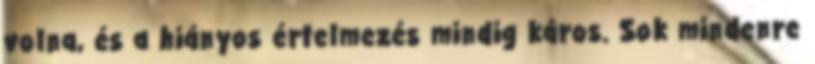
volna, és a hiányos értelmezés mindig káros. Sok mindenre